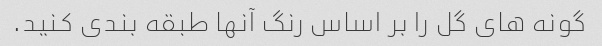
گونه های گل را بر اساس رنگ آنها طبقه بندی کنید.